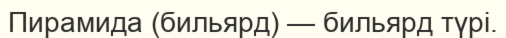
Пирамида (бильярд) — бильярд түрі.